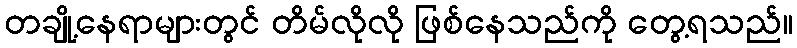
တချို့နေရာများတွင် တိမ်လိုလို ဖြစ်နေသည်ကို တွေ့ရသည်။